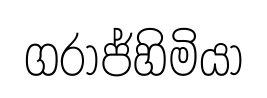
ගරාජ්හිමියා